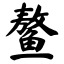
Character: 鳌